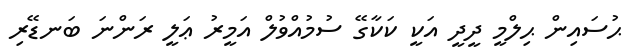
ޙުސައިން ޙިލްމީ ދީދީ އަކީ ކަކާގޭ ސުމުއްވުލް އަމީރު ޢަލީ ރަންނަ ބަނޑޭރި